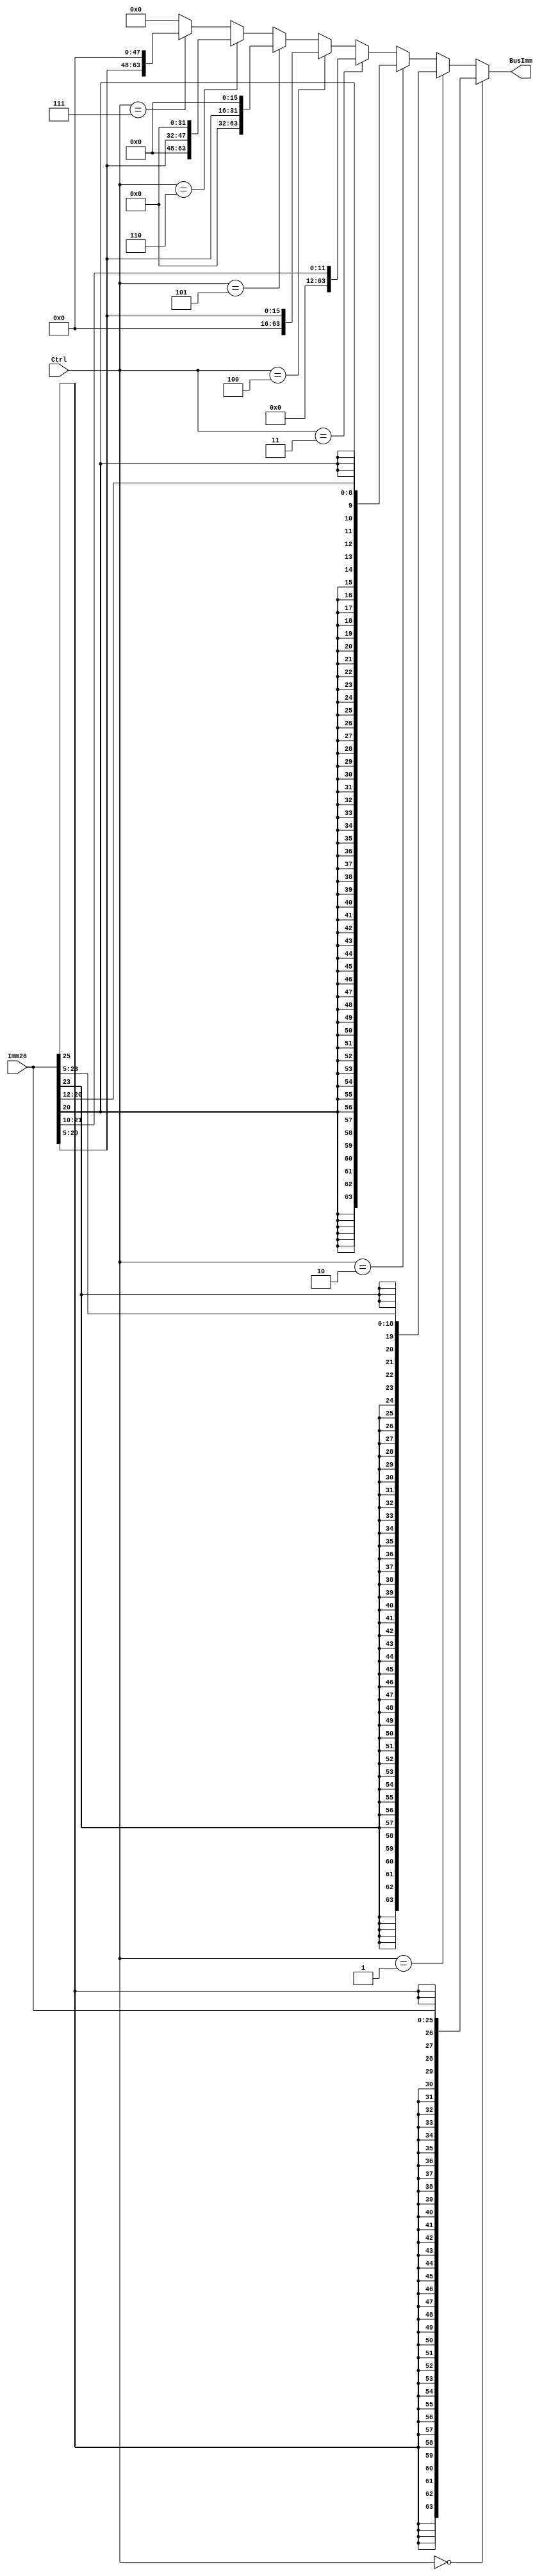
module SignExtender(BusImm, Imm26, Ctrl); 
   output [63:0] BusImm; // 64 bit
   input [25:0] Imm26; // 26 bit
   // old Ctrl (without MOVZ): input [1:0] Ctrl; // 2 bit
   input [2:0] 	Ctrl; // three bits wide to include MOVZ instruction
   
  
   // temp TA told us to write the code without always block, as this method is much more straightforward. 
   assign BusImm =
		 (Ctrl == 3'b000) ? ({{38{Imm26[25]}}, Imm26[25:0]}):  // case B -> 26 + 38 = 64
                 (Ctrl == 3'b001) ? ({{45{Imm26[23]}}, Imm26[23:5]}):  // case CBZ -> 19 + 45 = 64
                 (Ctrl == 3'b010) ? ({{55{Imm26[20]}}, Imm26[20:12]}): // case D -> 9 + 55 = 64
                 (Ctrl == 3'b011) ? ({{52'b0}, Imm26[21:10]}):         // case I -> 12 + 52 = 64
	         (Ctrl == 3'b100) ? ({48'b0, Imm26[20:5]}):
		 (Ctrl == 3'b101) ? ({32'b0, Imm26[20:5], 16'b0}):
		 (Ctrl == 3'b110) ? ({16'b0, Imm26[20:5], 32'b0}):
		 (Ctrl == 3'b111) ? ({Imm26[20:5], 48'b0}): // case IM left shifted by x bits
                 0;
endmodule